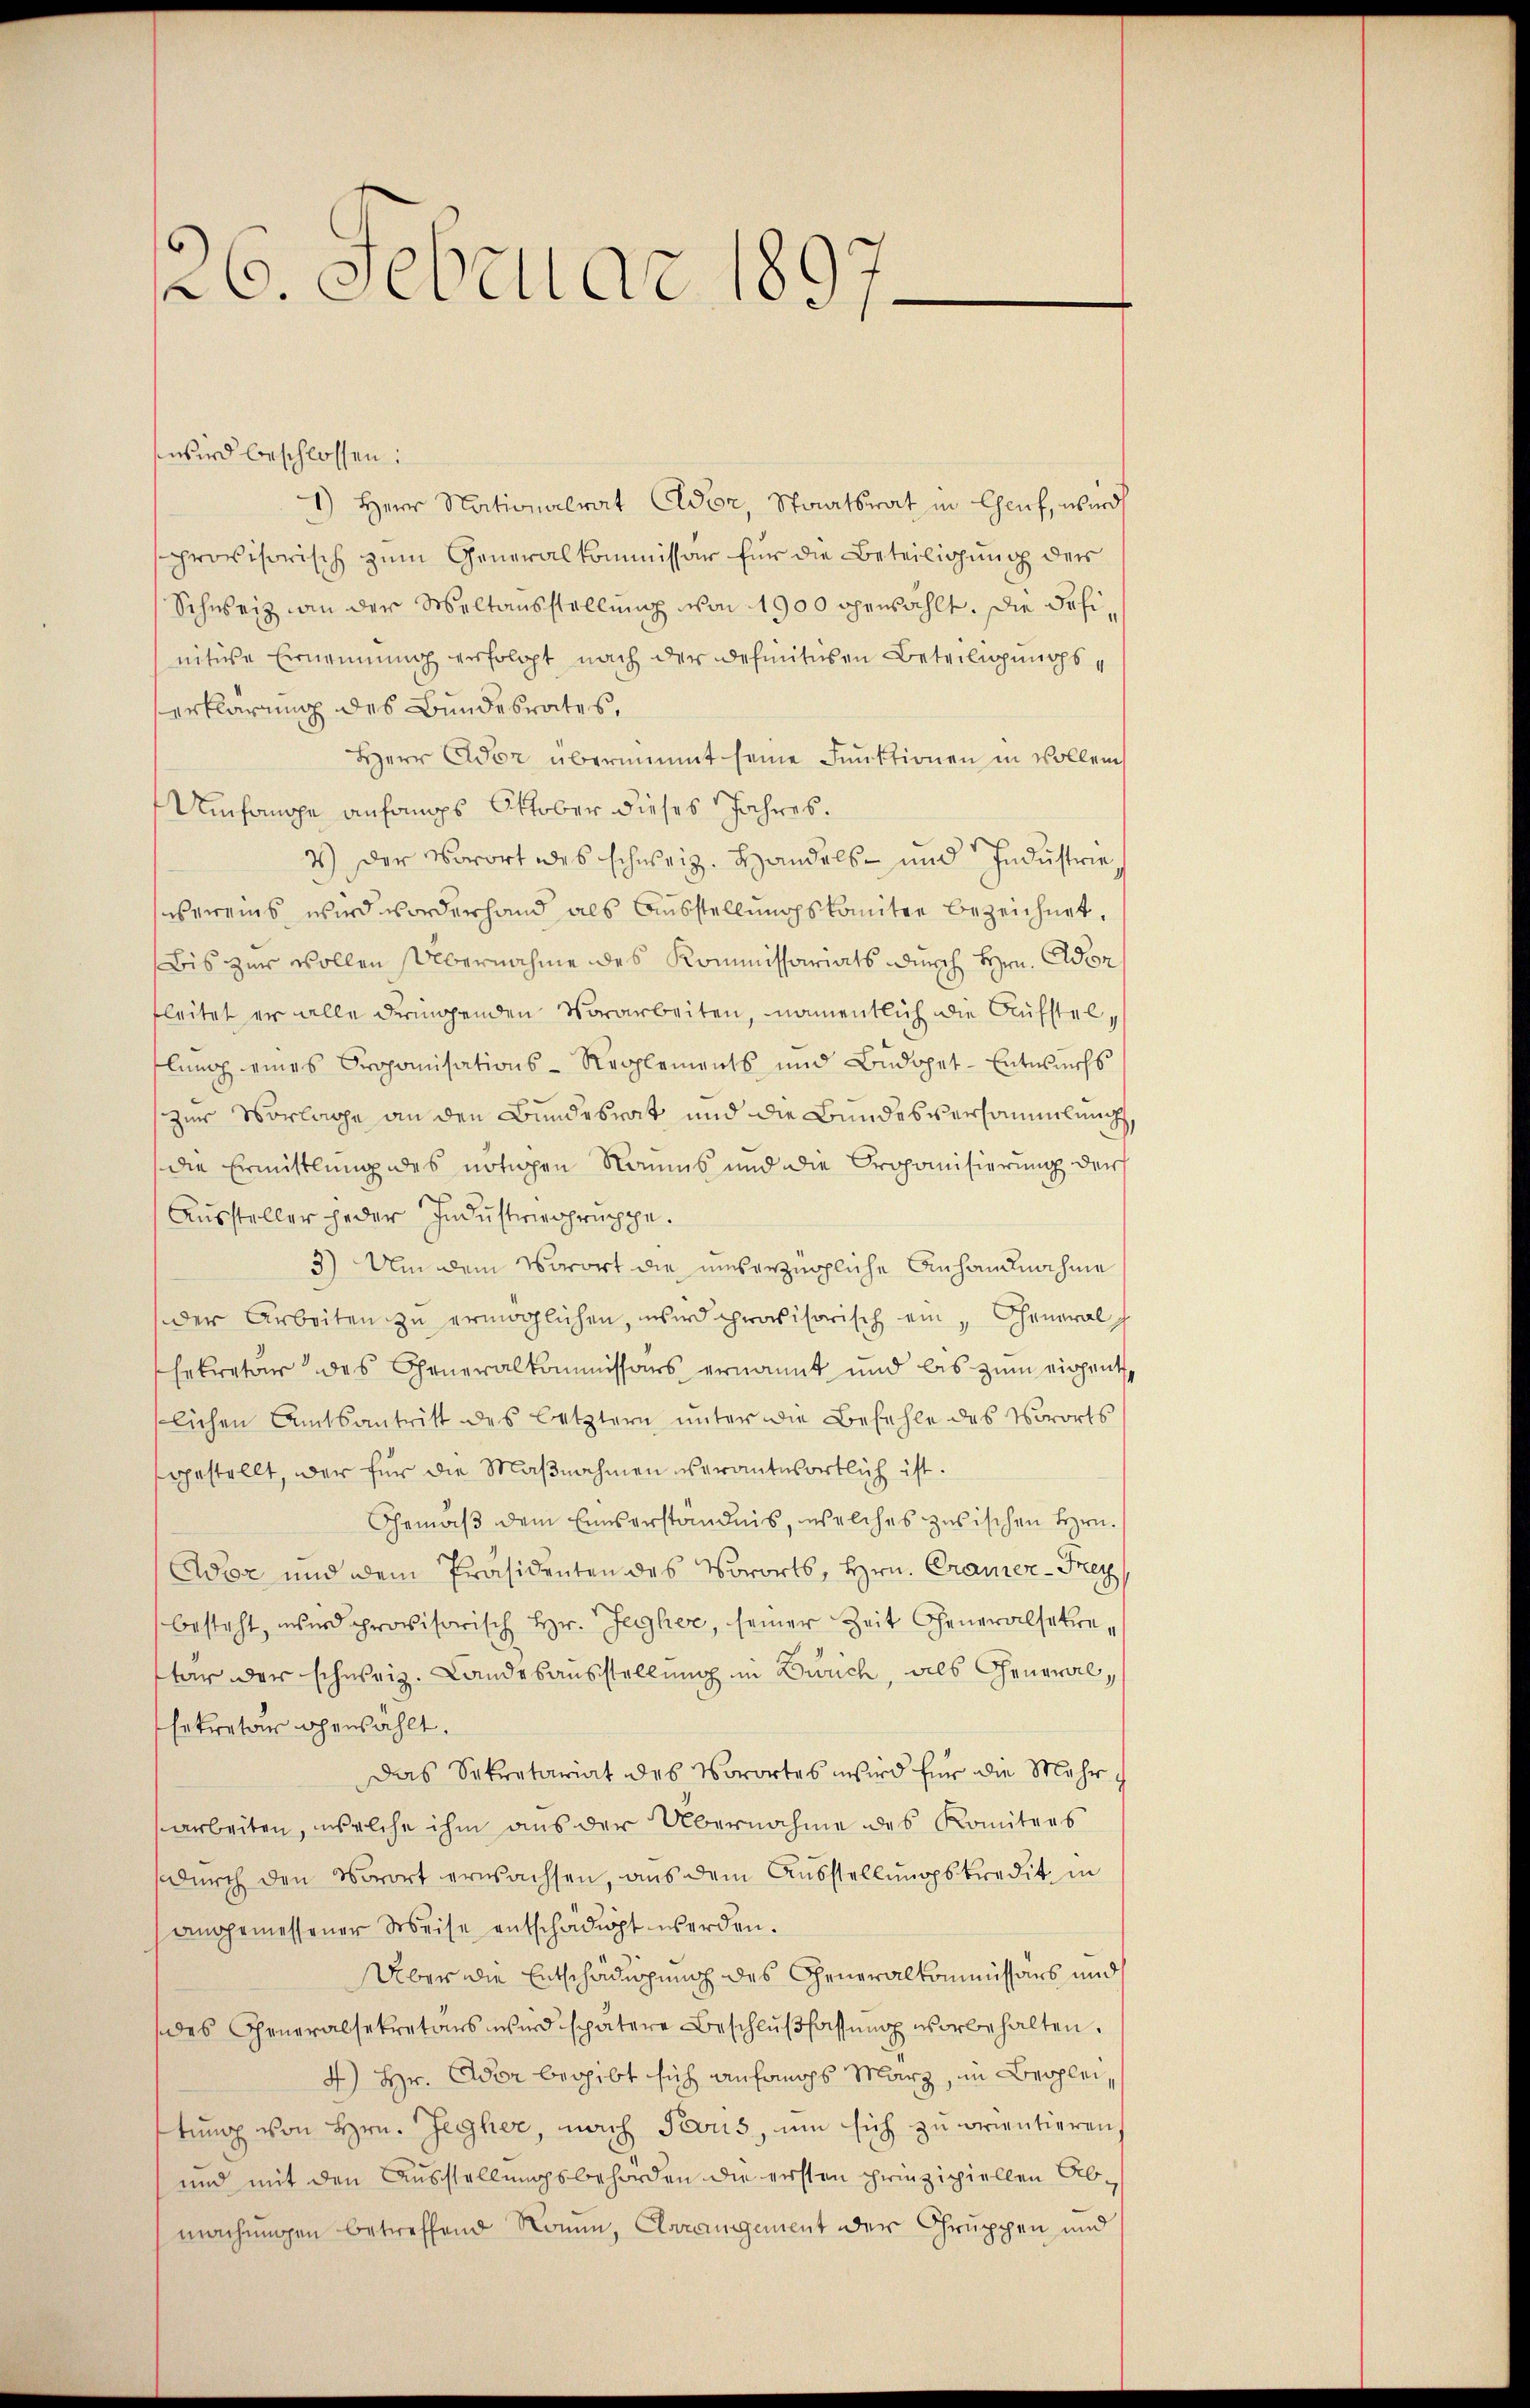
26. Februar 1897.

wird beschlossen:
1) Herr Nationalrat Eldor, Staatsrat in Chauf, wird
provisorisch zum Generalkommissär für die Beteiligung der
Schweiz an der Weltausstellung von 1900 gewählt. Die Fehinitive Ernennung erfolgt nach der definitiven Beteiligungserklärung des Bundesrates,
Herr Ador übernimmt seine Funktionen in Vollen
Umfange anfangs Oktober dieses Jahres.
2.) Der Vorort des schweiz. Handels- und Industrievereins wird worderhand als Ausstellungskomitee bezeichnet.
Bis zur wollen Übernahme des Kommissariats durch Hrn. Ador
fleitet er alle dringenden Vorarbeiten, namentlich die Aufstellung eines Proponisations-Reglements und Budopet-Entwurfs
zur Vorlage an den Bundesrat und die Bundesversammlung,
die Ermittlung des nötigen Raums und die Proponisierung der
Aussteller jeder Industrierpruchpe.
3) Um dem Vorort die unverzügliche Anhandnahme
der Arbeiten zu ermöglichen, wird provisorisch ein General
sekretär des Generalkommissärs ernannt und bis zum eigentlichen Amtsantritt des Letztern unter die Befehle des Vororts
gestellt, wer für die Maßnahmen verantwortlich ist.
Gemäß dem Einserständnis, welches zwischen Hrn.
Aor und dem Präsidenten des Vororts, Hrn. Cramer-Frey
besteht, wird provisorisch Hr. Jegher, seiner Zeit Generalsekretar der scherig. Landesausstellung in Zürich, als Cheneralsekretär gewählt.
Das Sekretariat des Vorortes wird für die Mehr
arbeiten, welche ihm aus der Übernahme des Komitees
durch den Vorort erwachsen, aus dem Ausstellungskredit in
angemessener Weise entschädigt werden.
Über die Entschädigung des Generalkommissärs und
des Generalsekretärs wird spätere Beschlußfassung vorbehalten.
4) Hr. Ador begibt sich anfangs März, in Beoplei
tung von Hrn. Jegher, nach Teous, um sich zu orientieren
und mit den Ausstellungsbehörden die ersten prinzipiellen Abmachungen betreffend Rom, Clarangement der Gruppen und